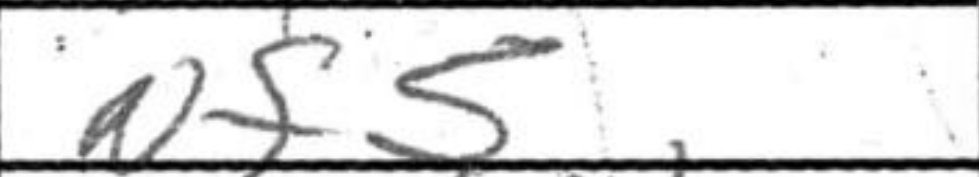
Transcription: Nf5